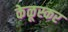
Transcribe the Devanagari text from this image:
केळूस्कर